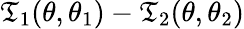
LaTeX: \mathfrak{T}_{1}(\theta,\theta_{1})-\mathfrak{T}_{2}(\theta,\theta_{2})